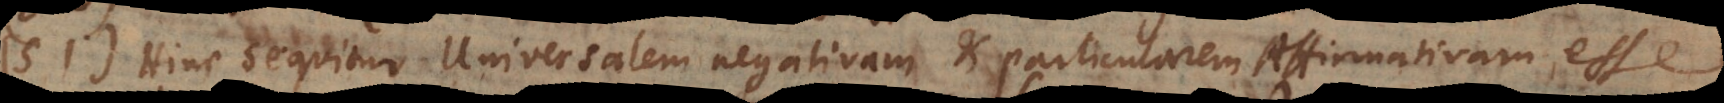
51) Hinc sequitur Universalem negativam et Particularem Affirmativam esse